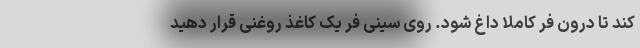
کند تا درون فر کاملا داغ شود. روی سینی فر یک کاغذ روغنی قرار دهید